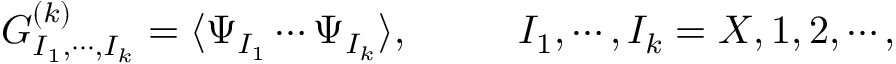
G _ { I _ { 1 } , \cdots , I _ { k } } ^ { ( k ) } = \langle \Psi _ { I _ { 1 } } \cdots \Psi _ { I _ { k } } \rangle , ~ ~ ~ ~ ~ ~ ~ ~ I _ { 1 } , \cdots , I _ { k } = X , 1 , 2 , \cdots ,